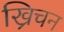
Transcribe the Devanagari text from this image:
ख्रिचन